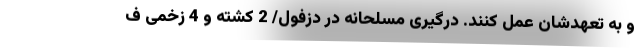
و به تعهدشان عمل کنند. درگیری مسلحانه در دزفول/ 2 کشته و 4 زخمی ف